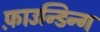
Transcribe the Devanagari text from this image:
फ़ाउन्डिन्ग